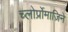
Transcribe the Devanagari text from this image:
च्लोर्प्रोमाज़िने